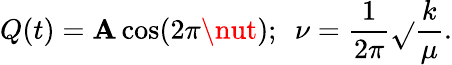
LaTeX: Q(t)=\mathbf{A}\cos(2\pi\nut);\ \ \nu={\frac{{1}}{{2\pi}}}{\sqrt{}{{\frac{{k}}{{\mu}}}}}.